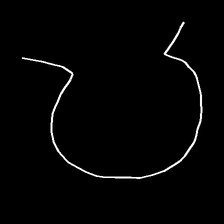
Glyph: weave